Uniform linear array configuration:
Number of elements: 32
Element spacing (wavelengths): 0.5
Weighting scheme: kaiser
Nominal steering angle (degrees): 15
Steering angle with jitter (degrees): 16.501
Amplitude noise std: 0.05
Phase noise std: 0.05

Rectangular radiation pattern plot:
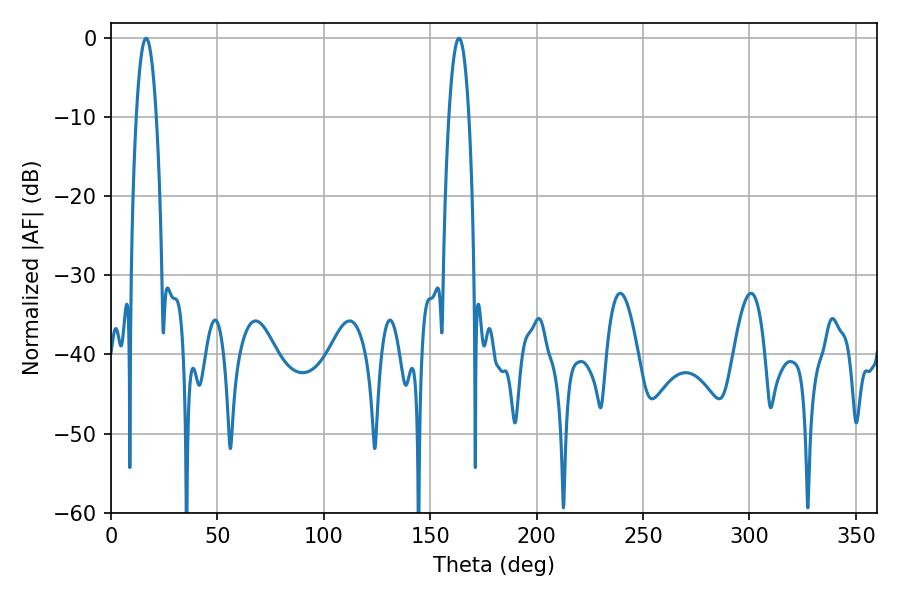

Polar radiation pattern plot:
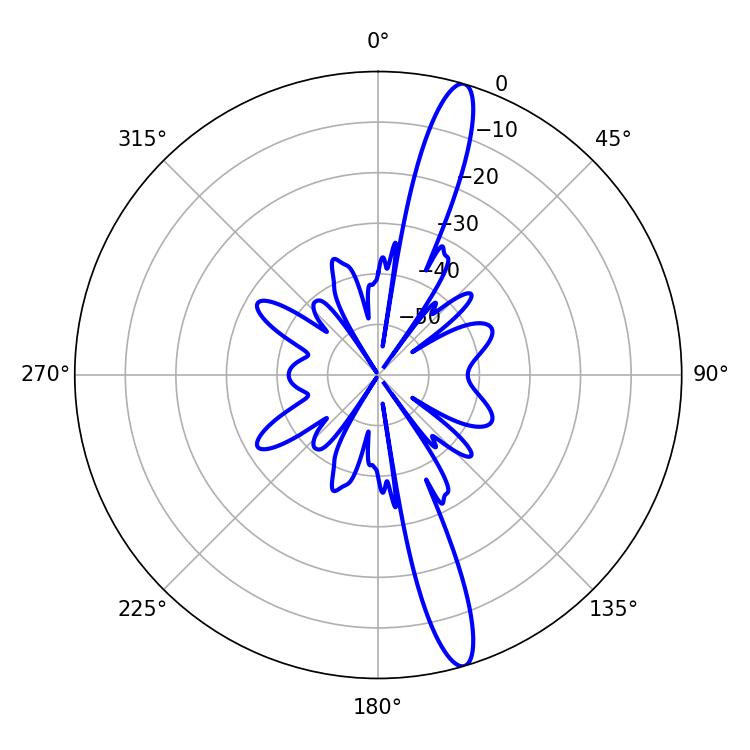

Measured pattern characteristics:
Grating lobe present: FALSE
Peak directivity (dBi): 15.548
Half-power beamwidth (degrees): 5.22
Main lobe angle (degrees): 163.44